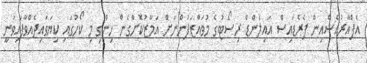
އެފްއާރުއެސްއިން ޕެރެޑައިސް އައިލެންޑް ރިސޯޓުގެ މުވައްޒަފުންނަށް އަމާޒުކޮށްގެން ހިންގި މި ކޯހުގައި ކިޔަވައިދެއްވާފައިވަނީ